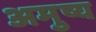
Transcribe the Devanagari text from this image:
अमुष्य